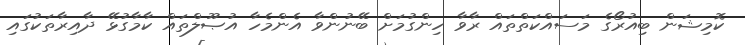
ކޮމިޝަން ބިއުރޯގެ މަސައްކަތްތައް ރާވާ ހިންގުމަށް ބޭނުންވާ އެންމެހާ އުޞޫލްތައް ކާމާގުޅޭ ދާއިރާތަކުގައި